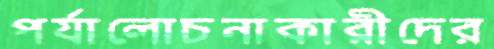
পর্যালোচনাকারীদের